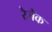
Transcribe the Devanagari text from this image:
रेजैक